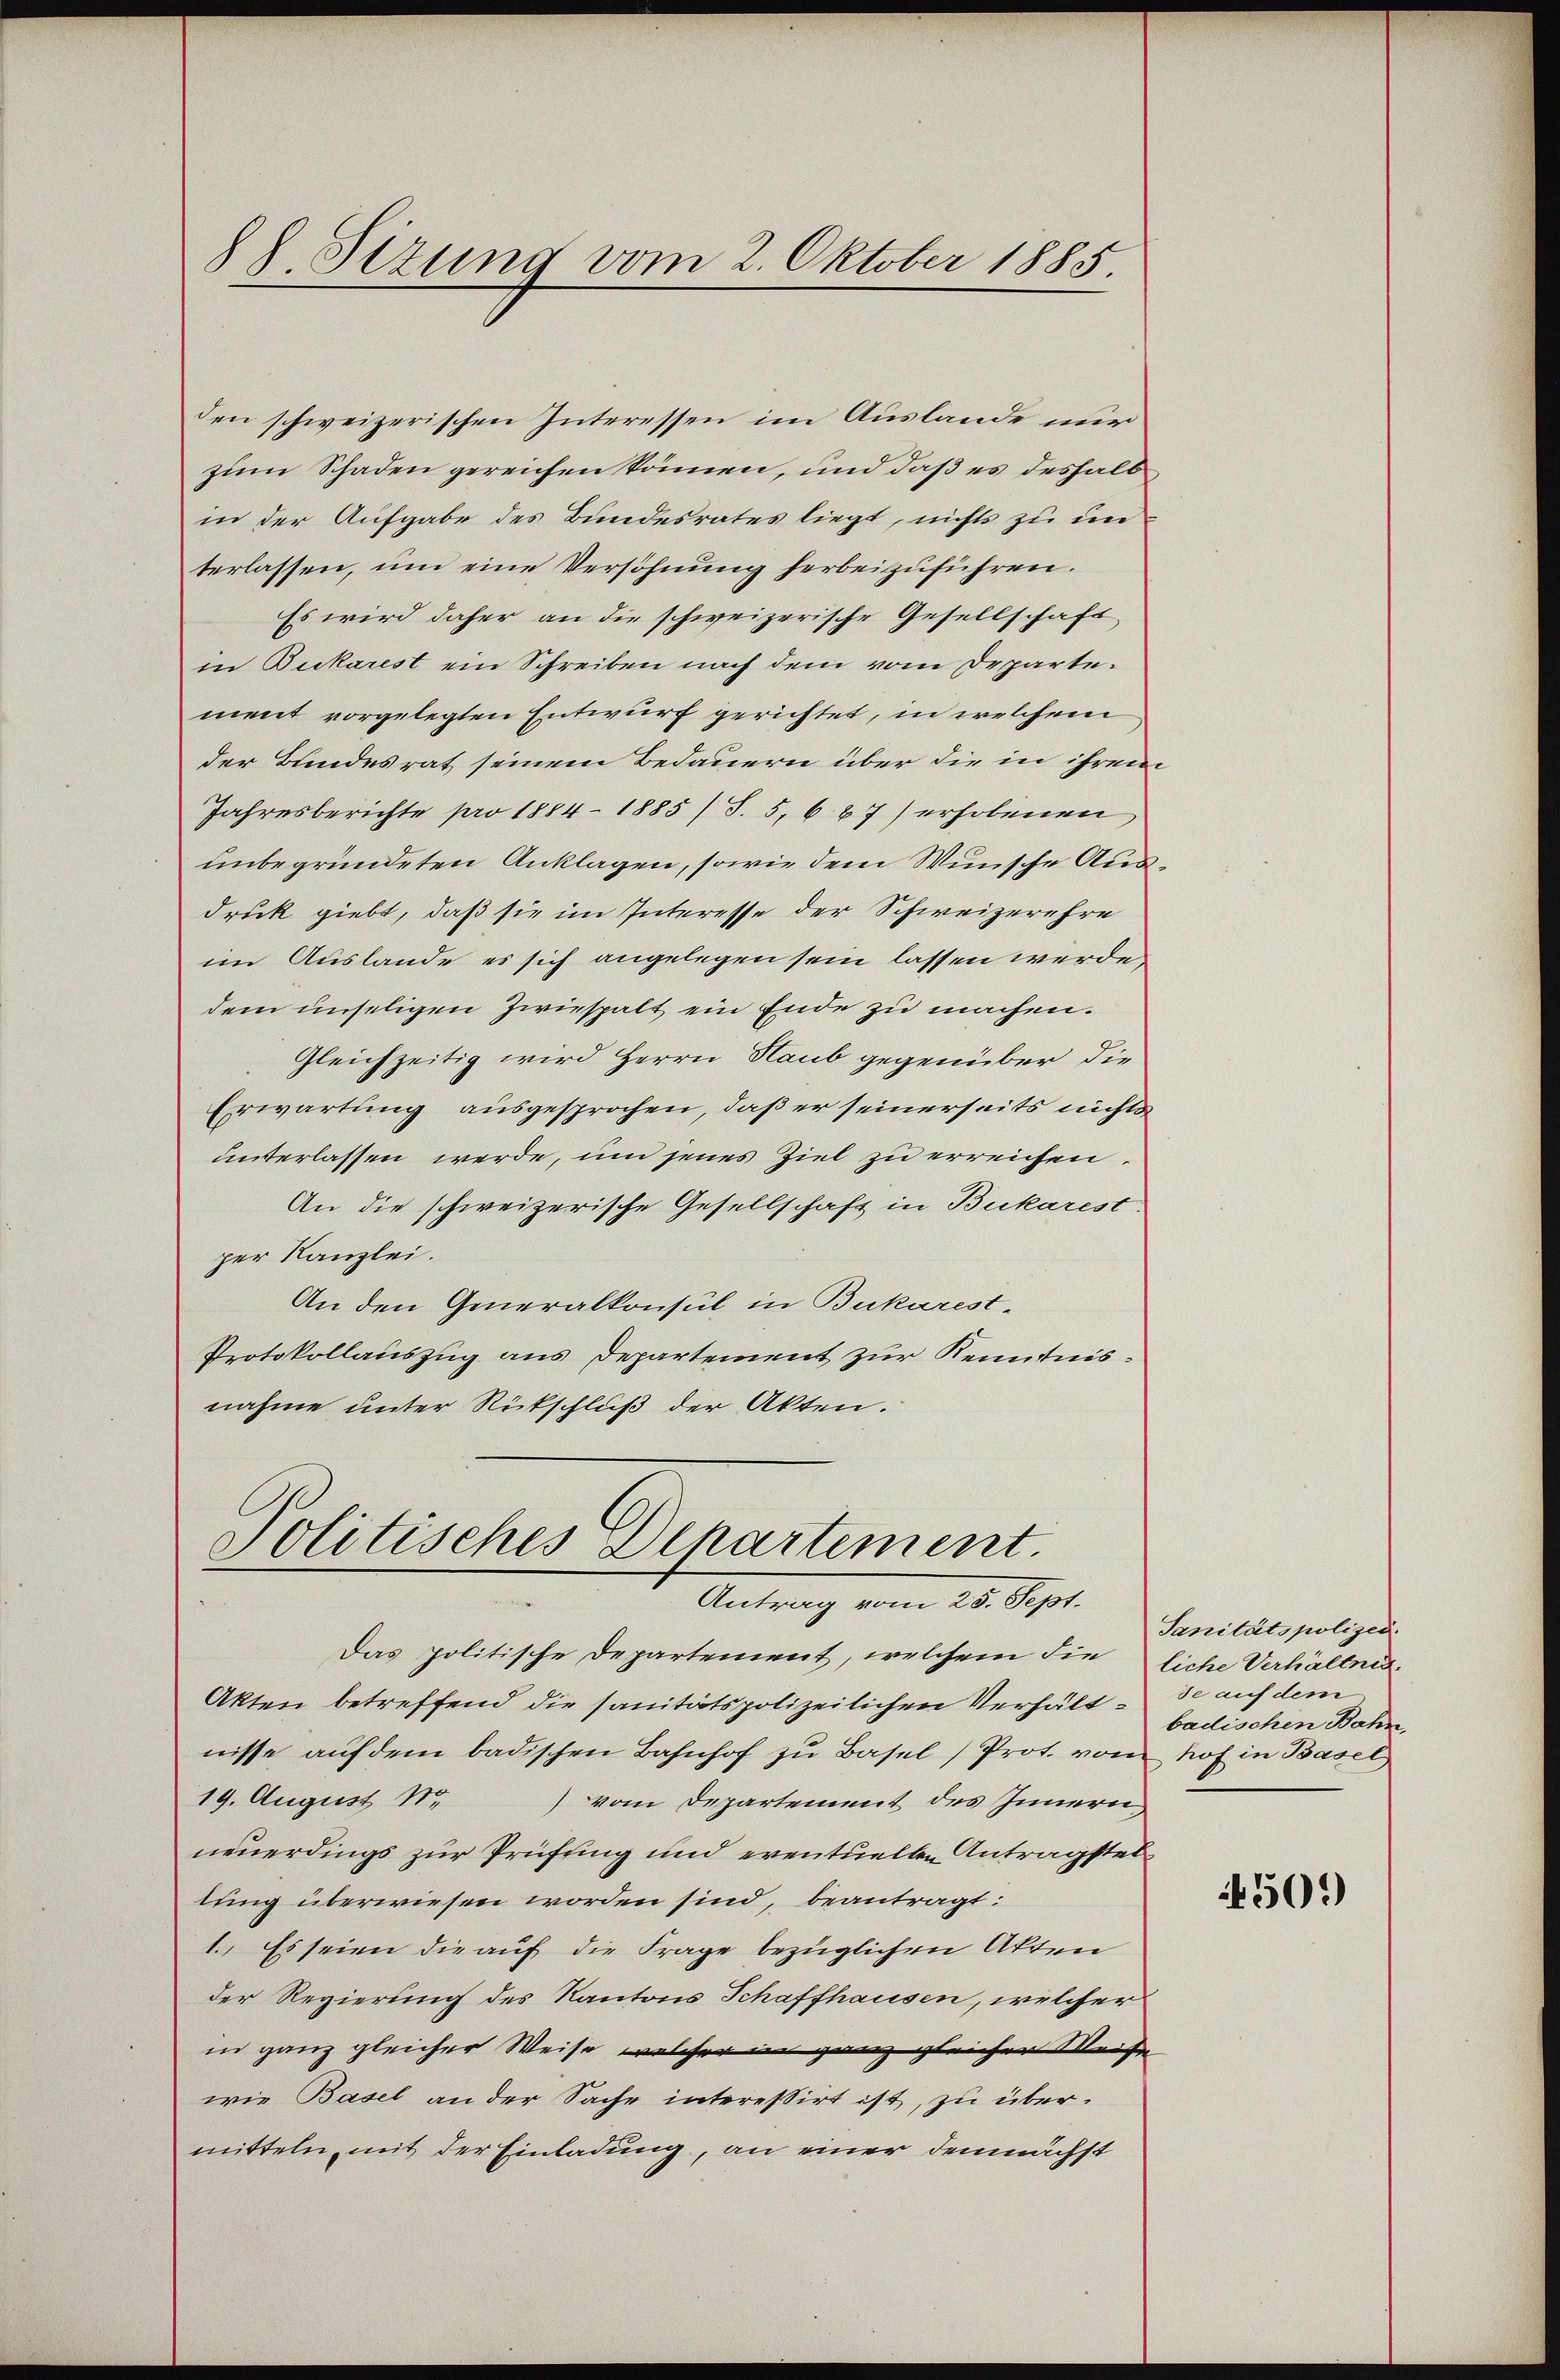
88 Sizung vom 2. Oktober 1885.

den schweizerischen Interessen im Auslande ein
zum Schaden gereichen können, und daß es deshalb
in der Aufgabe des Bundesrates liegt, nichts zu in
terlassen, ŭm eine Versöhnŭng herbeizŭführen.
Es wird daher an die schweizerische Gesellschaft
in Bukarest ein Schreiben nach dem vom Departement vorgelegten Entwurf gerichtet, in welchem
der Bundesrat seinem Bedauern über die in ihrem
Jahresberichte pro 1884-1885) S. 5, 687) erhobenen
unbegründeten Anklagen, sowie dem Wunsche Ausdruck giebt, daß sie im Interesse der Schweizerehre
im Auslande es sich angelegen sein lassen werde,
dem unseligen Zwiespalt ein Ende zu machen.
Gleichzeitig wird Herrn Haub gegenüber die
Erwartung ausgesprochen, daß er seinerseits nichts
unterlassen werde, um jenes Ziel zu erreichen.
An die schweizerische Gesellschaft in Bukarest.
per Kanzlei.
An den Generalkonsul in Bukarest-
Protokollauszug aus Departement zur Kenntnisnahme unter Rutschluß der Akten.

Politisches Departement.
Antrag vom 28. Sept.

Akten betreffend die sanitätspolizeilichen Verhält se auf dem
nisse aŭf dem badischen Bahnhof zu Basel (Prot. vom hof in Basel
19. August N. vom Departement des Innern,
neuerdings zur Prüfung und eventuellen Antragsteltung überwiesen worden sind, beantragt:
1. Es seien die auf die Frage bezüglichen Akten
der Regierung des Kantons Schaffhausen, welcher
in ganz gleicher Weise, welcher in ganz gleicher Weise
wie Basel an der Sache interessirt ist, zu übermitteln, mit der Einladung, an einer demnächst

Das politische Departement, welchem die liche Verhältnis.

Sanitätspolizei.
badischen Bahn,

4505)